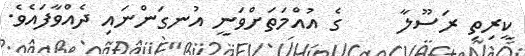
ކީރިތި ރަސޫލާ     ގެ އުއްމަތަށްވަނީ އުނގަންނައި ދެއްވާފައެވެ.